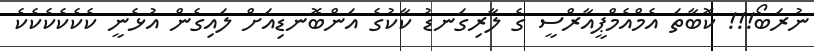
ނުރަބޯ!!! ކޮބާތަ އެމްއެމްޕީއާރްސީ ގެ ލާރިގަނޑު ކާކުގެ އަންބޮނޑިއަށް ލައިގެން އުޅެނީ ކެކެކެކެކެކެ